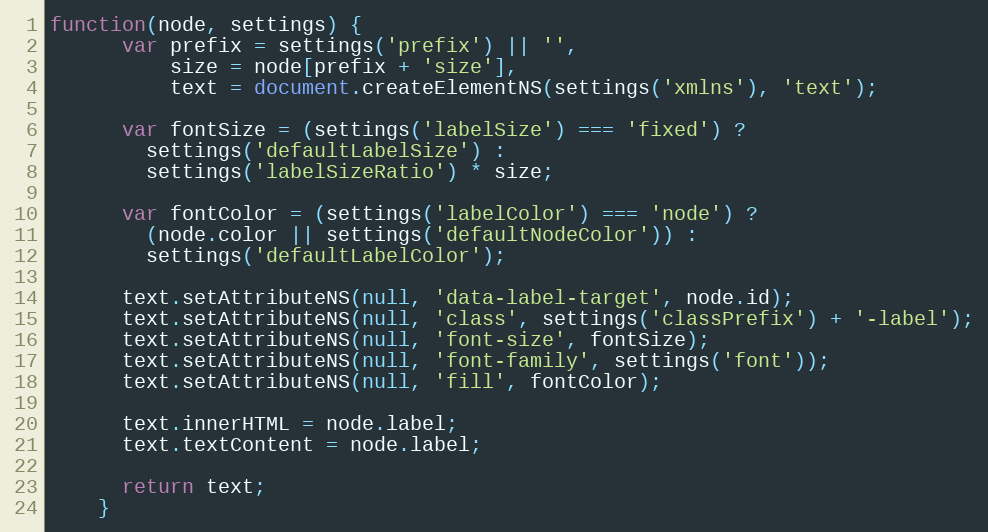
Language: JavaScript
function(node, settings) {
      var prefix = settings('prefix') || '',
          size = node[prefix + 'size'],
          text = document.createElementNS(settings('xmlns'), 'text');

      var fontSize = (settings('labelSize') === 'fixed') ?
        settings('defaultLabelSize') :
        settings('labelSizeRatio') * size;

      var fontColor = (settings('labelColor') === 'node') ?
        (node.color || settings('defaultNodeColor')) :
        settings('defaultLabelColor');

      text.setAttributeNS(null, 'data-label-target', node.id);
      text.setAttributeNS(null, 'class', settings('classPrefix') + '-label');
      text.setAttributeNS(null, 'font-size', fontSize);
      text.setAttributeNS(null, 'font-family', settings('font'));
      text.setAttributeNS(null, 'fill', fontColor);

      text.innerHTML = node.label;
      text.textContent = node.label;

      return text;
    }